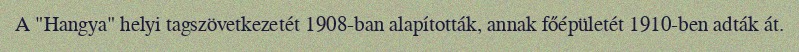
A "Hangya" helyi tagszövetkezetét 1908-ban alapították, annak főépületét 1910-ben adták át.